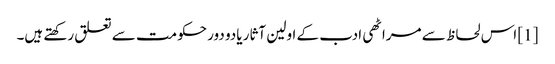
[1] اس لحاظ سے مراٹھی ادب کے اولین آثار یادو دور حکومت سے تعلق رکھتے ہیں۔